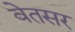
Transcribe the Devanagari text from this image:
वेतसर